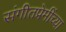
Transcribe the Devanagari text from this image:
संगीतप्रेमींच्या